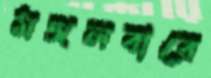
মঙ্গলবারে